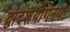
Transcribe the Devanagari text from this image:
द्वादशयोगनयः